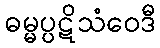
ဓမ္မပ္ပဋိသံဝေဒီ